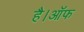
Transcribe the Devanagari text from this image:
है।ऑफ